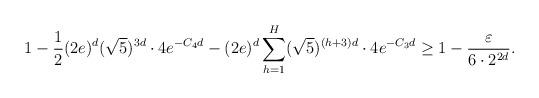
LaTeX: \begin{align*} 1-\frac{1}{2}(2e)^d(\sqrt{5})^{3d}\cdot 4e^{-C_4d}-(2e)^d\sum_{h=1}^H(\sqrt{5})^{(h+3)d}\cdot 4e^{-C_3d}\geq 1-\frac{\varepsilon}{6\cdot 2^{2d}}.\end{align*}